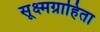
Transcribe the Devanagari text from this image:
सूक्ष्मग्राहिता